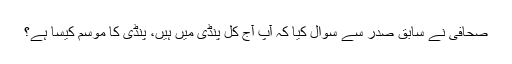
صحافی نے سابق صدر سے سوال کیا کہ آپ آج کل پنڈی میں ہیں، پنڈی کا موسم کیسا ہے؟